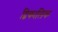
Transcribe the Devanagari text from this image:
द्विकालिक